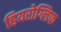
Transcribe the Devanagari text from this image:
हियरोग्लिफ